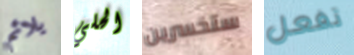
يلائم الحلي ستخسرين تفعل